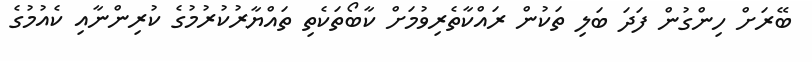
ބޭރަށް ހިންގުން ފަދަ ބަލި ތަކުން ރައްކާތެރިވުމަށް ކާބޯތަކެތި ތައްޔާރުކުރުމުގެ ކުރިންނާއި ކެއުމުގެ